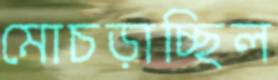
মোচড়াচ্ছিল